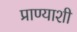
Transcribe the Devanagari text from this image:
प्राण्याशी